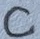
Text: C